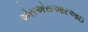
એસએસઆરઆઇ